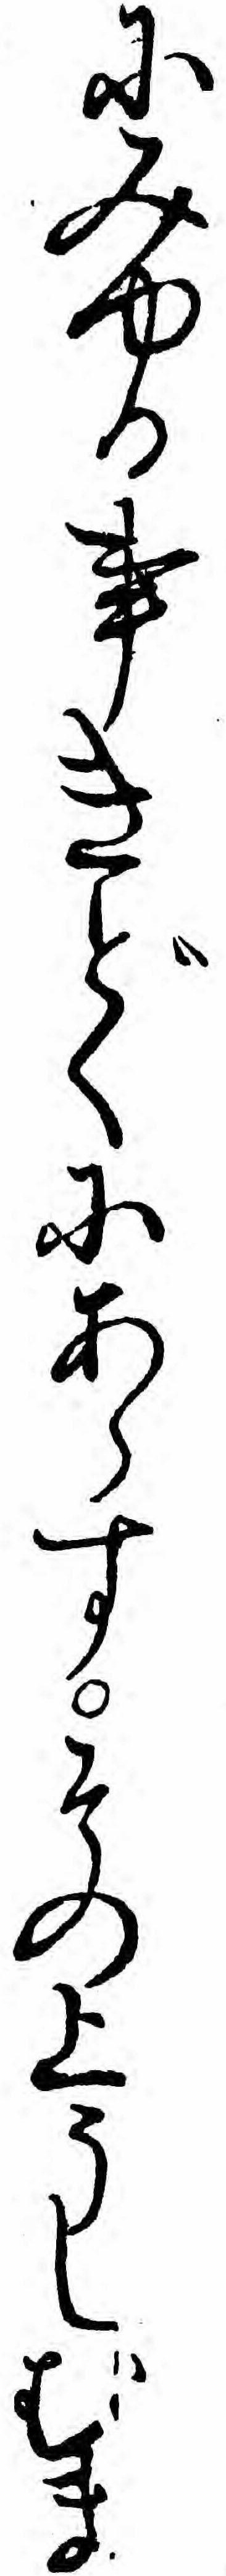
にみゆる事きどくにあらすその上うしむま